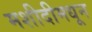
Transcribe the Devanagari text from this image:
मशीदीमधून